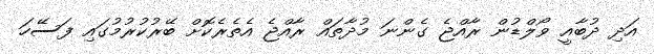
އަދި ދުބާއީ ވޯލްޑުން ރާާއްޖެ ގެންނަ މުދާތައް ރާއްޖެ އެތެރެކޮށް ބޭރުކުރުމުގައި ފަސޭހަ